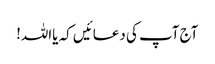
آج آپ کی دعائیں کہ یااللہ!